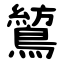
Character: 鶭